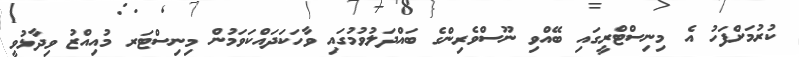
ކުރުމަށްފަހު އެ މިނިސްޓްރީގައި ބޭއްވި ނޫސްވެރިންގެ ބައްދަލުވުމުގައި ވާހަކަދައްކަވަމުން މިނިސްޓަރ މުއިއްޒު ވިދާޅުވީ